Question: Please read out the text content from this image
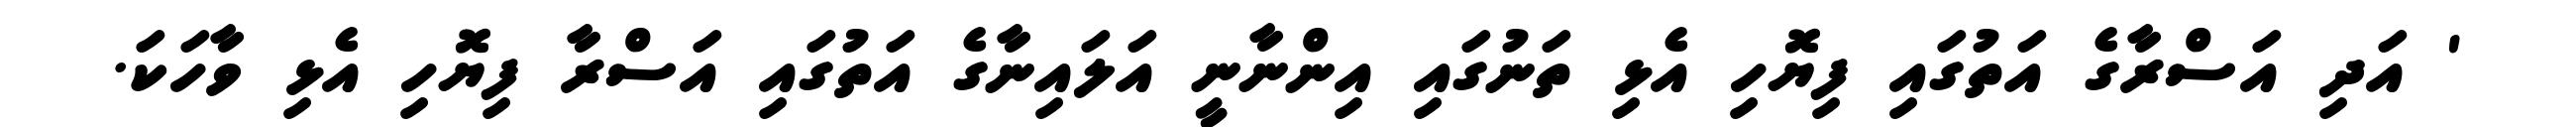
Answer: ' އަދި އަސްރާގެ އަތުގައި ފިޔޮހި އެޅި ތަނުގައި އިންނާނީ އަލައިނާގެ އަތުގައި އަސްރާ ފިޔޮހި އެޅި ވާހަކަ.